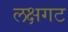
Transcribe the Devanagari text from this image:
लक्षगट